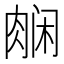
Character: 𬚿